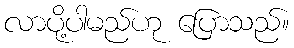
လာပို့ပါမည်ဟု ပြောသည်။